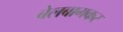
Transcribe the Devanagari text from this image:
बेलबागकर